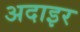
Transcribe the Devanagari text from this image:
अदाइर